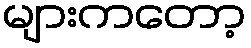
များကတော့